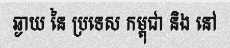
ឆ្ងាយ នៃ ប្រទេស កម្ពុជា និង នៅ